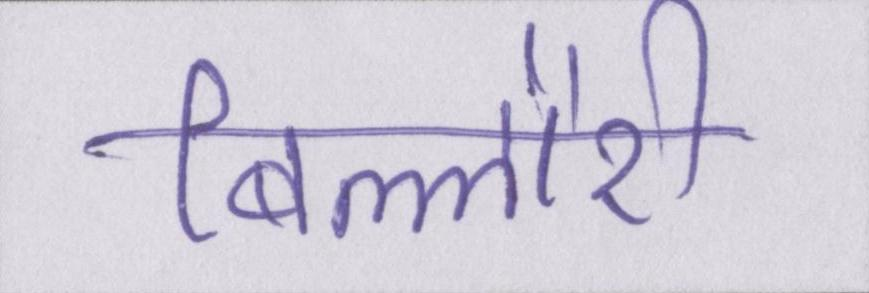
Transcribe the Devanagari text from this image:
बिल्लौरी